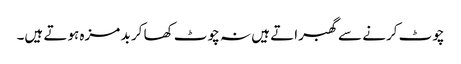
چوٹ کرنے سے گھبراتے ہیں نہ چوٹ کھا کر بد مزہ ہوتے ہیں۔